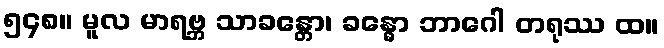
၅၄၈။ မူလ မာရဗ္ဘ သာခန္တော၊ ခန္ဓော ဘာဂေါ တရုဿ ထ။